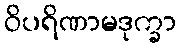
ဝိပရိဏာမဒုက္ခာ